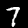
Label: 7